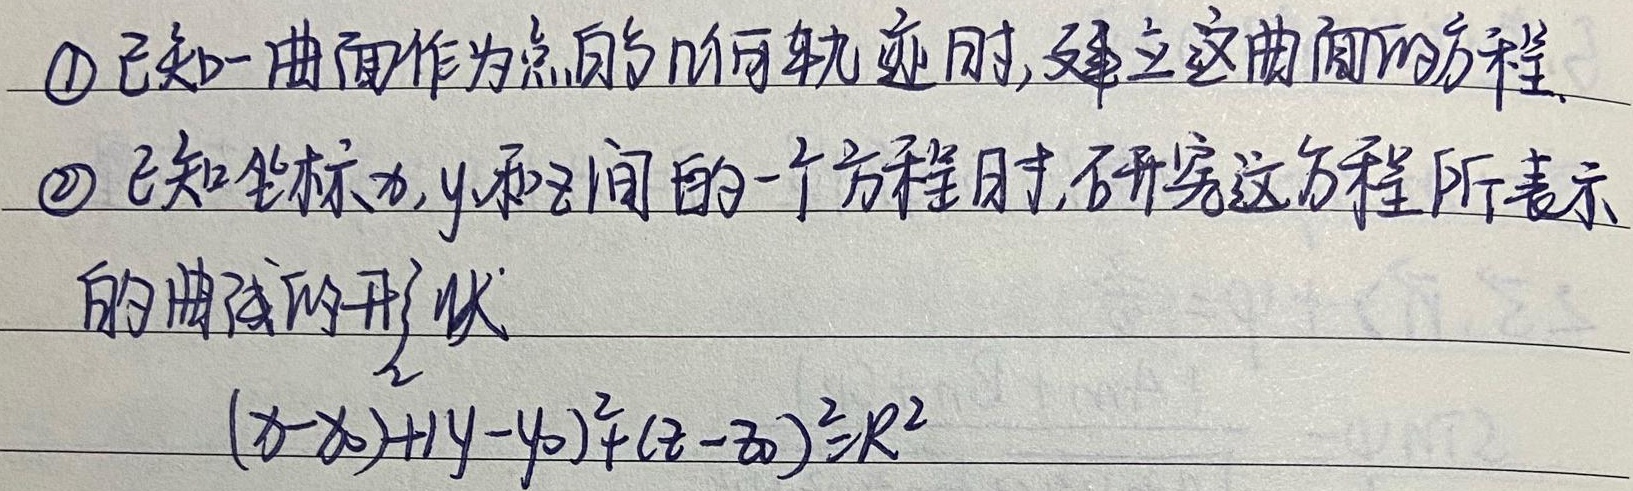
\textcircled{1} 已知一曲面作为点的几何轨迹时，建立这曲面的方程。\textcircled{2} 已知坐标 \(x,y\) 和 \(z\) 间的一个方程时，研究这方程所表示的曲面的形状。
\((x - x_0)^2+(y - y_0)^2+(z - z_0)^2 = R^2\)